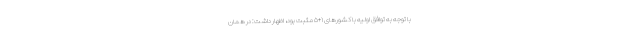
با توجه به توافق اولیه با کشورهای ۱+۵ مثبت بود، اظهار داشت: در همان